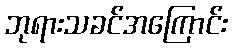
ဘုရားသခင်အကြောင်း